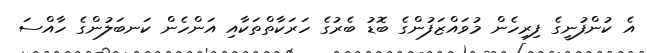
އެ ކުންފުނީގެ ފިިރިހެން މުވައްޒަފުންގެ ބޮޑު ބެރުގެ ހަރަކާތްތަކާއި އަންހެން ކަނބަލުންގެ ހާއްސަ